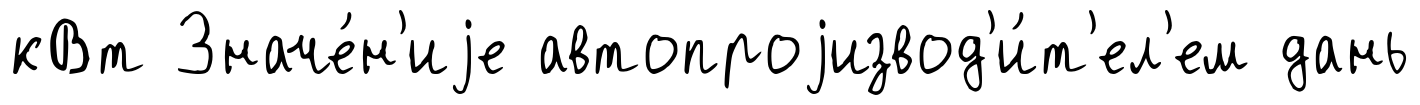
кВт Значе́н'иjе автопроjизвод'и́т'ел'ем дань